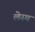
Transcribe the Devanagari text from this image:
लेस्प